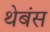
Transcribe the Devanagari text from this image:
थेबंस